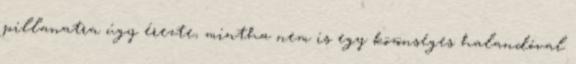
pillanatra úgy érezte, mintha nem is egy közönséges halandóval